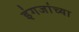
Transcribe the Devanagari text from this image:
इंगजांच्या